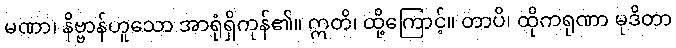
မဏာ၊ နိဗ္ဗာန်ဟူသော အာရုံရှိကုန်၏။ ဣတိ၊ ထို့ကြောင့်။ တာပိ၊ ထိုကရုဏာ မုဒိတာ